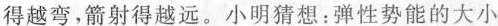
得越弯，箭射得越远。小明猜想：弹性势能的大小